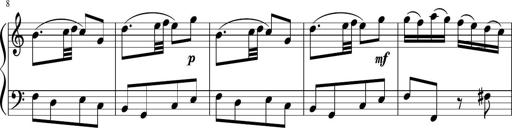
Title: 12 Keyboard Sonatinas
Composer: James Hook